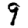
Digit: 9